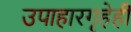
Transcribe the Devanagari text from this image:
उपाहारगृहेही